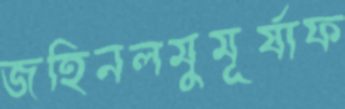
জহিনলমুমূর্ষাফ